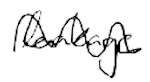
Text: leakage
Cross-out: wave
Writing tool: digital_black